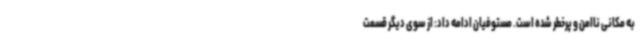
به مکانی ناامن و پرخطر شده است. مستوفیان ادامه داد: از سوی دیگر قسمت